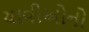
ચાવીઓનો